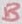
Text: B